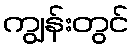
ကျွန်းတွင်